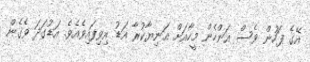
އޭގެ ފަހުން ވެސް އަންހެން މީހާއަށް އަނިޔާކުރާ އަޑު އިވިފައިވެއެވެ. އަޑުގަދަ ވެގެން